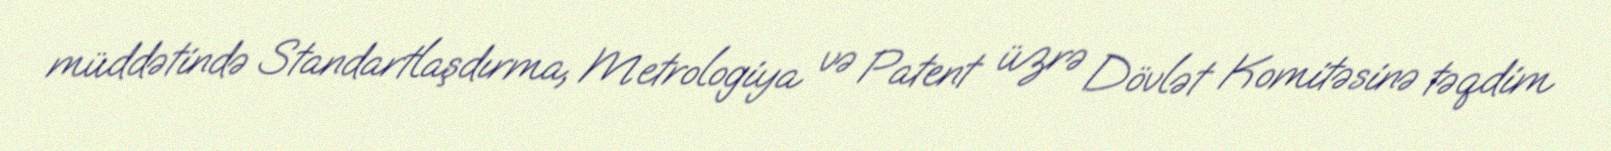
müddətində Standartlaşdırma, Metrologiya və Patent üzrə Dövlət Komitəsinə təqdim